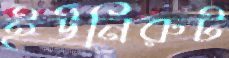
ইউনিরুট